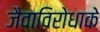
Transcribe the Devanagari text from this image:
जैवाविरोधाके